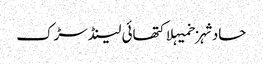
حادثہزخمیہلاکتھائی لینڈسڑک